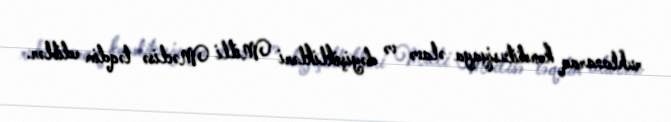
ruhlanaraq konstitusiyaya əlavə və dəyişiklikləri Milli Məclisə təqdim ediblər.